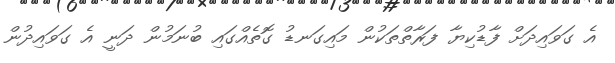
އެ ގަވައިދަށް ފާޑުކިޔާ ފަރާތްތަކުން މައިގަނޑު ގޮތެއްގައި ބުނަމުން ދަނީ އެ ގަވައިދުން